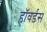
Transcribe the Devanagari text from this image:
हॉवर्डस